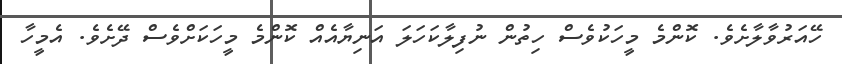
ހޭއަރުވާލާށެވެ. ކޮންމެ މީހަކުވެސް ހިތުން ނުފިލާކަހަލަ އަނިޔާއެއް ކޮންމެ މީހަކަށްވެސް ދޭށެވެ. އެމީހާ